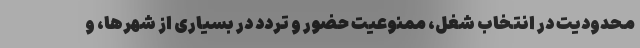
محدودیت در انتخاب شغل، ممنوعیت حضور و تردد در بسیاری از شهرها، و